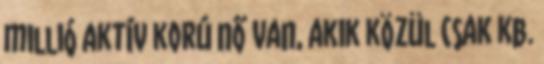
millió aktív korú nő van, akik közül csak kb.